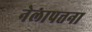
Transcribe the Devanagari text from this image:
नेलापत्तना